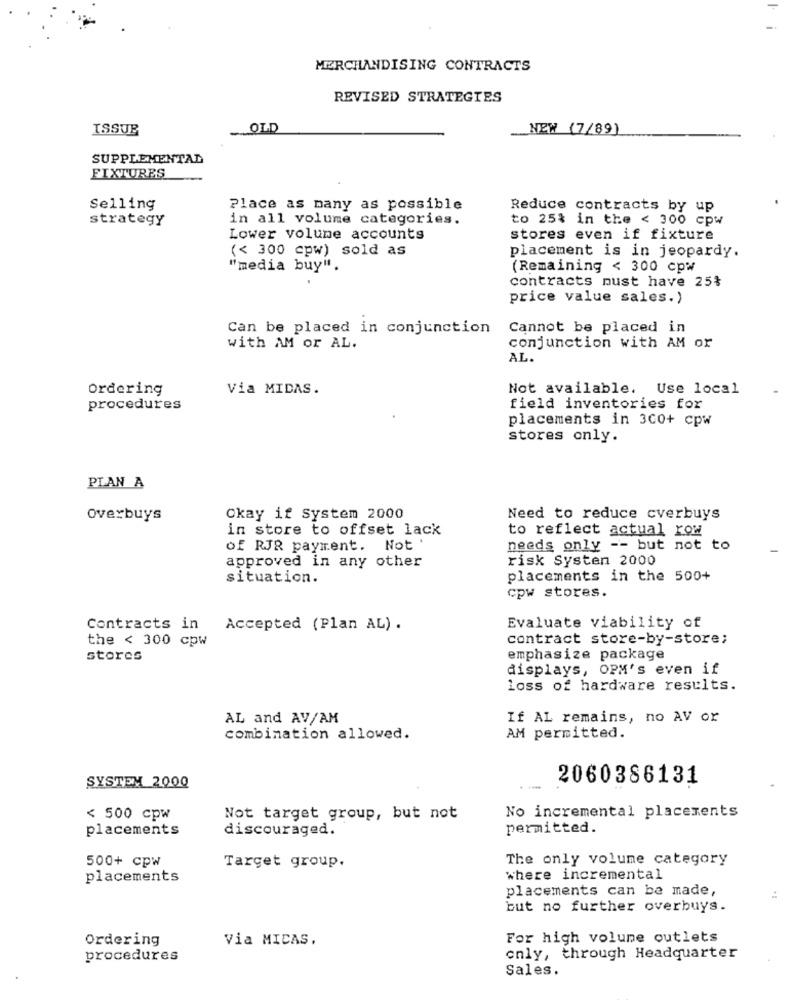
MERCHANDISING CONTRACTS
REVISED STRATEGIES
ISSUE
OLD
NEW (7/89)
SUPPLEMENTAL
FIXTURES
Selling
Place as many as possible
Reduce contracts by up
strategy
in all volume categories.
to 25% in the < 300 cpw
Lower volume accounts
stores even if fixture
(< 300 cpw) sold as
placement is in jeopardy.
"media buy".
(Remaining < 300 cpw
contracts must have 25%
price value sales.)
Can be placed in conjunction
Cannot be placed in
with AM or AL.
conjunction with AM or
AL.
Ordering
Via MIDAS.
Not available. Use local
procedures
field inventories for
placements in 300+ cpw
stores only.
PLAN A
Overbuys
Okay if System 2000
Need to reduce cverbuys
in store to offset lack
to reflect actual row
of RJR payment. Not '
needs only -- but not to
approved in any other
risk Systen 2000
situation.
placements in the 500+
cpw stores.
Contracts in Accepted (Plan AL) .
Evaluate viability of
the < 300 cpw
contract store-by-store;
stores
emphasize package
displays, OPM's even if
loss of hardware results.
AL and AV/AM
If AL remains, no AV or
combination allowed.
AM permitted.
2060386131
SYSTEM 2000
< 500 cpw
Not target group, but not
No incremental placements
placements
discouraged.
permitted.
The only volume category
500+ cpw
Target group.
placements
where incremental
placements can be made,
but no further overbuys.
Ordering
Via MICAS.
For high volume outlets
procedures
only, through Headquarter
Sales.